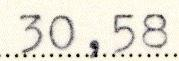
30,58